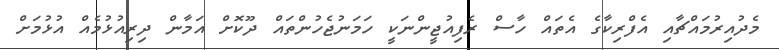
މެދުއިރުމައްޗާއި އެފްރިކާގެ އެތައް ހާސް ރެފިއުޖީންނަކީ ހަމަނުޖެހުންތައް ދޫކޮށް އަމާން ދިރިއުޅުމެއް އުޅުމަށް